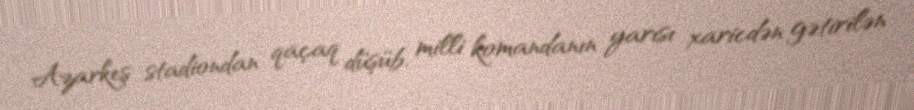
Azarkeş stadiondan qaçaq düşüb, milli komandanın yarısı xaricdən gətirilən